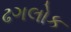
ઢગલોક